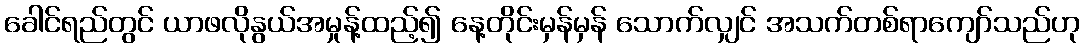
ခေါင်ရည်တွင် ယာဖလိုနွယ်အမှုန့်ထည့်၍ နေ့တိုင်းမှန်မှန် သောက်လျှင် အသက်တစ်ရာကျော်သည်ဟု